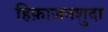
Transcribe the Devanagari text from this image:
हिफ़ाज़तशुदा